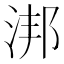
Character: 𣵮